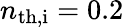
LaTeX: n_{\mathrm{th,i}}=0.2